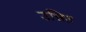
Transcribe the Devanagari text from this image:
उन्नित